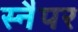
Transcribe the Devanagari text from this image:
स्नैपर